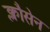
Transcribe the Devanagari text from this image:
क्लौसेन